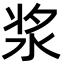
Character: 浆